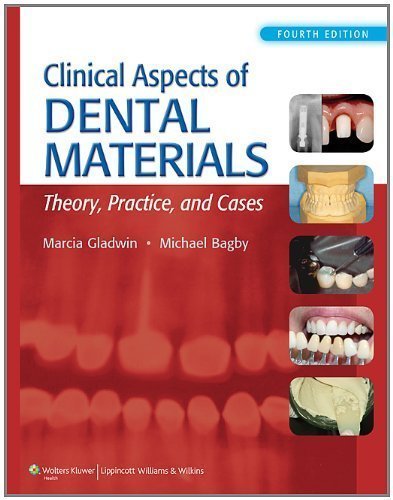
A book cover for Clinical Aspects of Dental Materials 4th (fourth) Edition by Gladwin RDH EdD, Marcia, Bagby DDS PhD, Michael published by Lippincott Williams & Wilkins (2012); Medical Books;